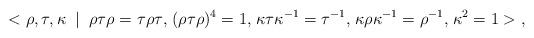
LaTeX: \begin{align*} <\rho ,\tau, \kappa \; \mid \; \rho \tau \rho= \tau \rho \tau \mbox{,} \; (\rho \tau \rho)^4 =1 \mbox{,} \;\kappa \tau \kappa^{-1} = \tau^{-1} \mbox{,} \; \kappa \rho \kappa^{-1} = \rho^{-1} \mbox{,} \; \kappa^2=1> \mbox{,}\end{align*}